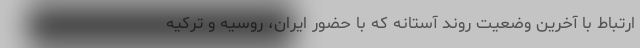
ارتباط با آخرین وضعیت روند آستانه که با حضور ایران، روسیه و ترکیه